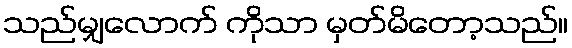
သည်မျှလောက် ကိုသာ မှတ်မိတော့သည်။